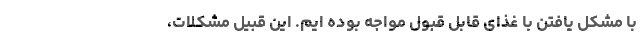
با مشکلِ یافتنِ با غذای قابل قبول مواجه بوده ایم. این قبیل مشکلات،